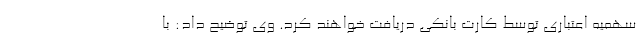
سهمیه اعتباری توسط کارت بانکی دریافت خواهند کرد. وی توضیح داد: با